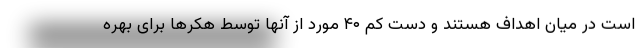
است در میان اهداف هستند و دست کم ۴۰ مورد از آنها توسط هکرها برای بهره